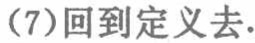
(7)回到定义去.